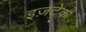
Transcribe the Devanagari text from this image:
इज़टेक